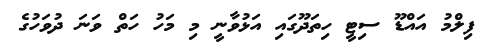
ފިލްމު އައްޑޫ ސިޓީ ހިތަދޫގައި އަޅުވާނީ މި މަހު ހަތް ވަނަ ދުވަހުގެ